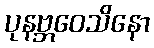
ပုနဗ္ဘဝေသိနော